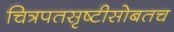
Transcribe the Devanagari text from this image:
चित्रपतसृष्टीसोबतच